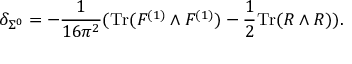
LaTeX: \delta _ { \Sigma ^ { 0 } } = - \frac { 1 } { 1 6 \pi ^ { 2 } } ( \mathrm { T r } ( F ^ { ( 1 ) } \wedge F ^ { ( 1 ) } ) - \frac { 1 } { 2 } \mathrm { T r } ( R \wedge R ) ) .